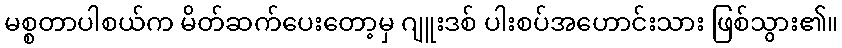
မစ္စတာပါစယ်က မိတ်ဆက်ပေးတော့မှ ဂျူးဒစ် ပါးစပ်အဟောင်းသား ဖြစ်သွား၏။